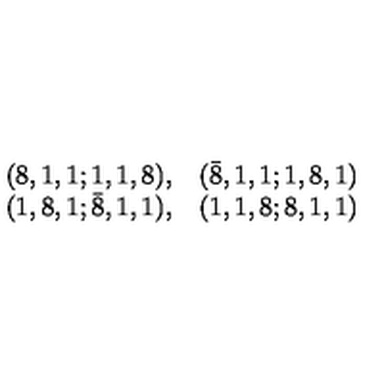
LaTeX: \begin{array} { r r } { ( 8 , 1 , 1 ; 1 , 1 , 8 ) , } & { ( { \bar { 8 } } , 1 , 1 ; 1 , 8 , 1 ) } \\ { ( 1 , 8 , 1 ; { \bar { 8 } } , 1 , 1 ) , } & { ( 1 , 1 , 8 ; 8 , 1 , 1 ) } \\ \end{array}